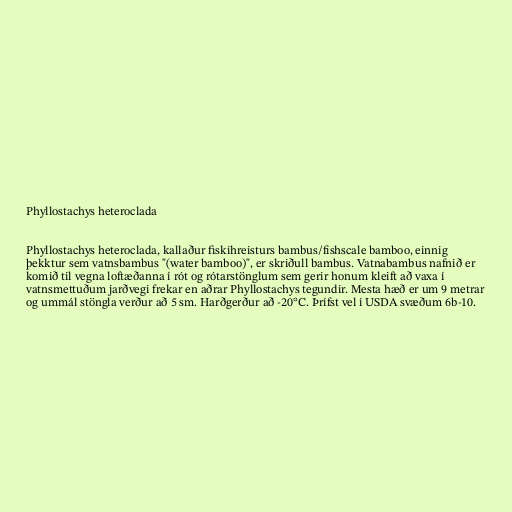
Phyllostachys heteroclada

Phyllostachys heteroclada, kallaður fiskihreisturs bambus/fishscale bamboo, einnig
þekktur sem vatnsbambus "(water bamboo)", er skriðull bambus. Vatnabambus nafnið er
komið til vegna loftæðanna í rót og rótarstönglum sem gerir honum kleift að vaxa í
vatnsmettuðum jarðvegi frekar en aðrar Phyllostachys tegundir. Mesta hæð er um 9 metrar
og ummál stöngla verður að 5 sm. Harðgerður að -20°C. Þrífst vel í USDA svæðum 6b-10.